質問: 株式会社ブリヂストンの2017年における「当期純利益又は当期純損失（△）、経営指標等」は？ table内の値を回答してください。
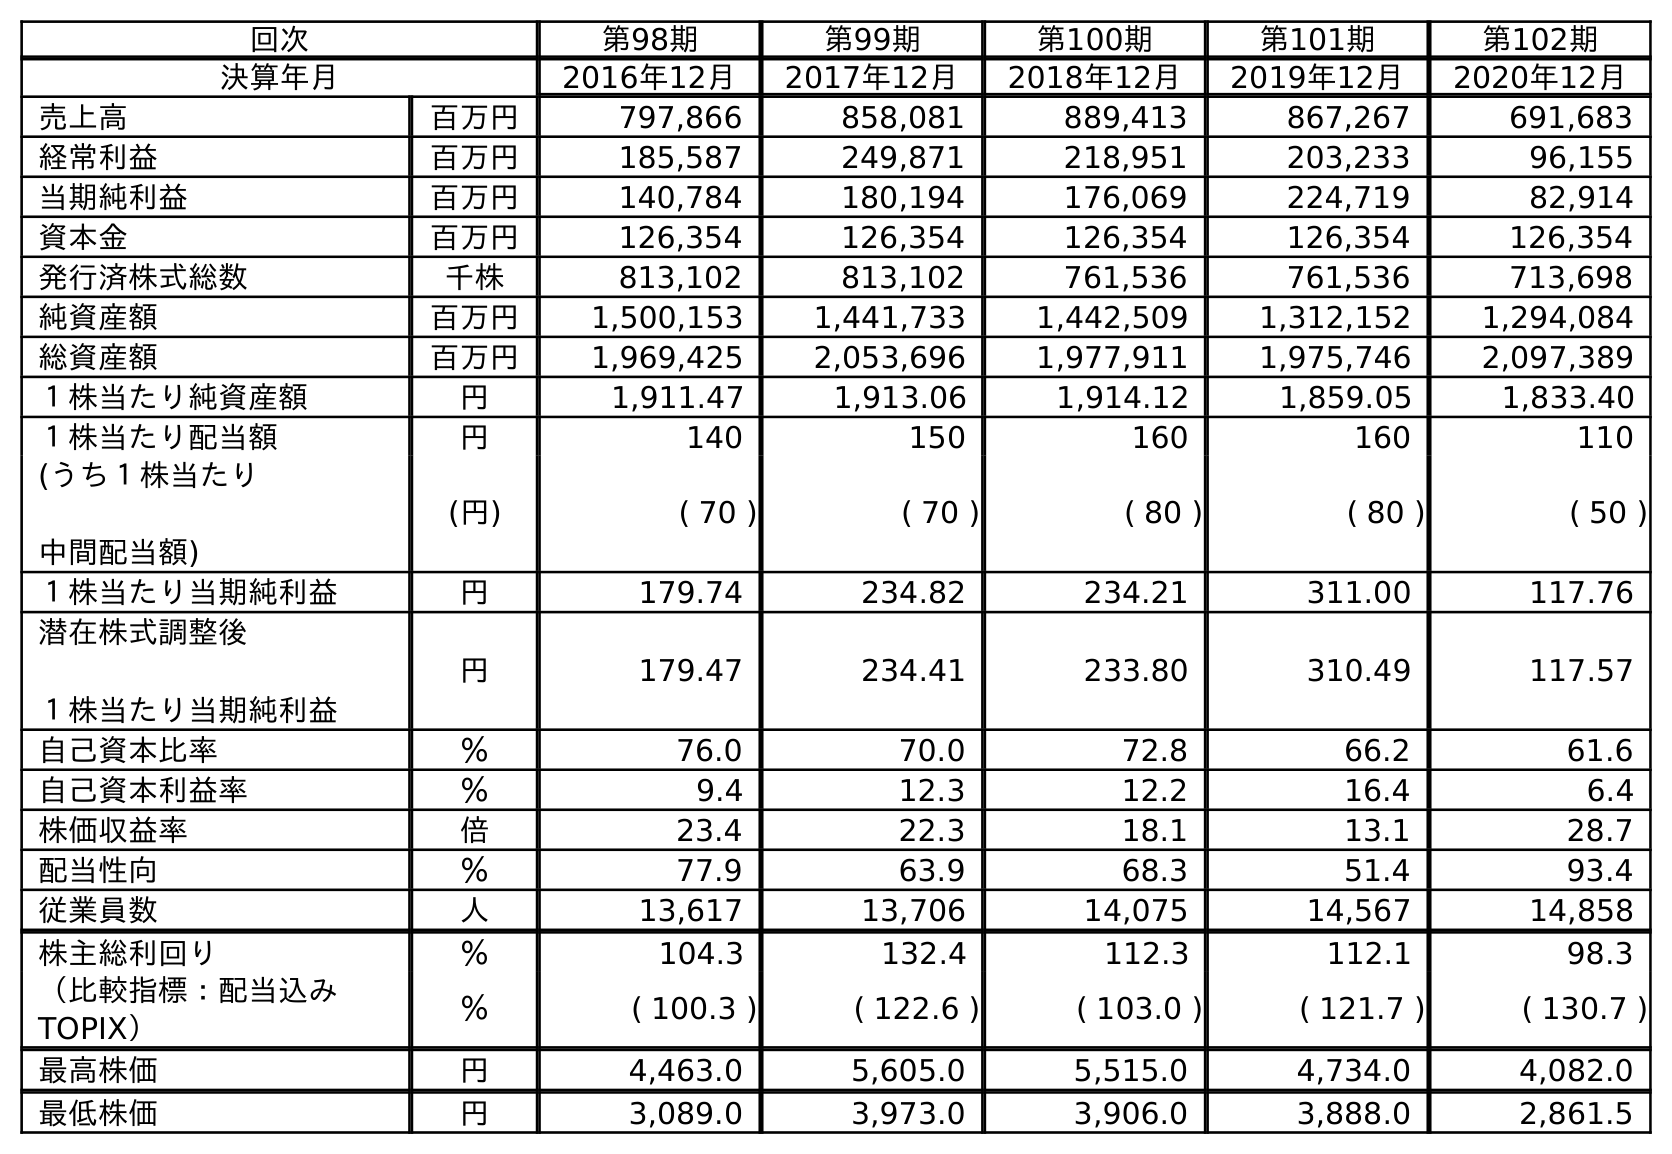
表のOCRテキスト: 回次 第98期 第99期 第100期 第101期 第102期 決算年月 2016年12月 2017年12月 2018年12月 2019年12月 2020年12月 売上高 百万円 797,866 858,081 889,413 867,267 691,683 経常利益 百万円 185,587 249,871 218,951 203,233 96,155 当期純利益 百万円 140,784 180,194 176,069 224,719 82,914 資本金 百万円 126,354 126,354 126,354 126,354 126,354 発行済株式総数 千株 813,102 813,102 761,536 761,536 713,698 純資産額 百万円 1,500,153 1,441,733 1,442,509 1,312,152 1,294,084 総資産額 百万円 1,969,425 2,053,696 1,977,911 1,975,746 2,097,389 １株当たり純資産額 円 1,911.47 1,913.06 1,914.12 1,859.05 1,833.40 １株当たり配当額 円 140 150 160 160 110 (うち１株当たり 中間配当額) (円) ( 70 ) ( 70 ) ( 80 ) ( 80 ) ( 50 ) １株当たり当期純利益 円 179.74 234.82 234.21 311.00 117.76 潜在株式調整後 １株当たり当期純利益 円 179.47 234.41 233.80 310.49 117.57 自己資本比率 ％ 76.0 70.0 72.8 66.2 61.6 自己資本利益率 ％ 9.4 12.3 12.2 16.4 6.4 株価収益率 倍 23.4 22.3 18.1 13.1 28.7 配当性向 ％ 77.9 63.9 68.3 51.4 93.4 従業員数 人 13,617 13,706 14,075 14,567 14,858 株主総利回り ％ 104.3 132.4 112.3 112.1 98.3 （比較指標：配当込み TOPIX） ％ ( 100.3 ) ( 122.6 ) ( 103.0 ) ( 121.7 ) ( 130.7 ) 最高株価 円 4,463.0 5,605.0 5,515.0 4,734.0 4,082.0 最低株価 円 3,089.0 3,973.0 3,906.0 3,888.0 2,861.5
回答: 180,194